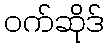
ဝက်ဆိုဒ်